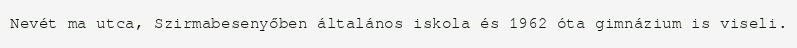
Nevét ma utca, Szirmabesenyőben általános iskola és 1962 óta gimnázium is viseli.